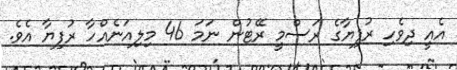
އެއީ ދިވެހި ރުފިޔާގެ ރަސްމީ ރޭޓުން ނަމަ 46 މިލިއަނެއްހާ ރުފިޔާ އެވެ.